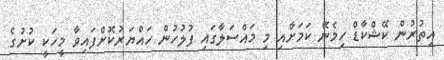
އިތުރުން ކޭޝްކާޑް ހިމެނޭ ކަމަށާއި މި މައްސަލާގައި ފުލުހުން ހައްޔަރުކޮށްފައިވާ މީހަކީ ކުށުގެ